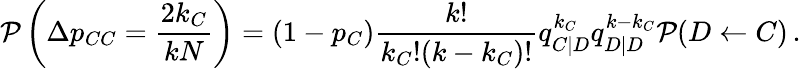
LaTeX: \mathcal{P}\left(\Delta p_{CC}=\frac{2k_{C}}{kN}\right)=(1-p_{C})\frac{k!}{k_{C}!(k-k_{C})!}q_{C|D}^{k_{C}}q_{D|D}^{k-k_{C}}\mathcal{P}(D\gets C)\, .